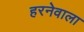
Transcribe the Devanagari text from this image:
हरनेवाला